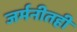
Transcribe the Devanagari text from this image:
जर्मनीतही